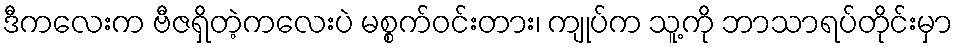
ဒီကလေးက ဗီဇရှိတဲ့ကလေးပဲ မစ္စက်ဝင်းတား၊ ကျုပ်က သူ့ကို ဘာသာရပ်တိုင်းမှာ